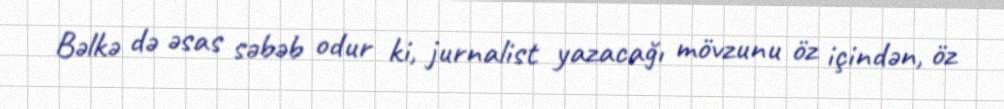
Bəlkə də əsas səbəb odur ki, jurnalist yazacağı mövzunu öz içindən, öz